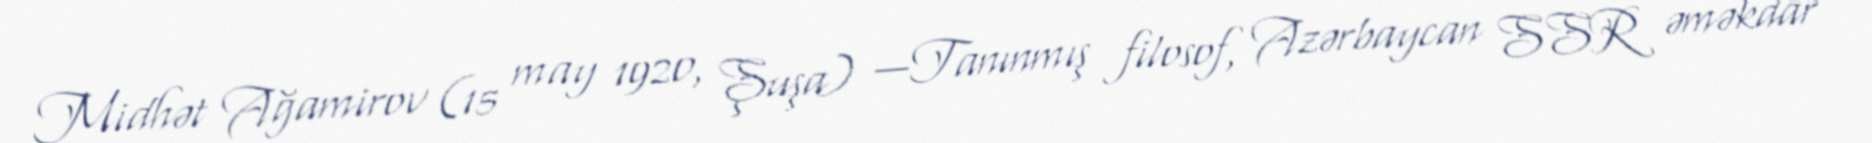
Midhət Ağamirov (15 may 1920, Şuşa) —Tanınmış filosof, Azərbaycan SSR əməkdar